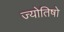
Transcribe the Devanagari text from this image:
ज्योतिषो